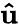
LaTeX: \mathbf{\hat{u}}